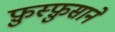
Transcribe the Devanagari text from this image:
फ़ुस्फ़ुसाने